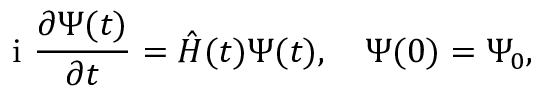
\mathrm { ~ i ~ } \frac { \partial \Psi ( t ) } { \partial t } = \hat { H } ( t ) \Psi ( t ) , \quad \Psi ( 0 ) = \Psi _ { 0 } ,